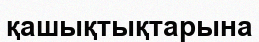
қашықтықтарына